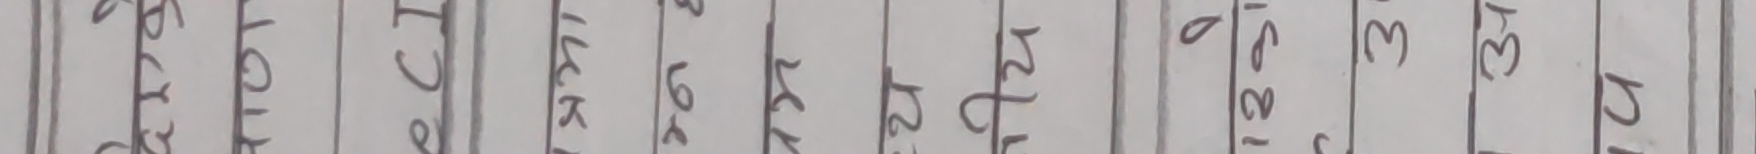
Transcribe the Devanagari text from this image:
अनुसार